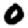
Digit: 0